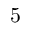
5